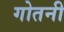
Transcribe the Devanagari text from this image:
गोतनी